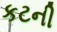
કટની